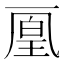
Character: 𠁉